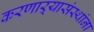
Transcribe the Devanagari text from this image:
करणाऱ्यासंस्थांना